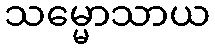
သမ္မောသာယ